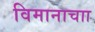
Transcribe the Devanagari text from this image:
विमानाचाा